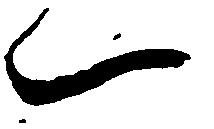
一